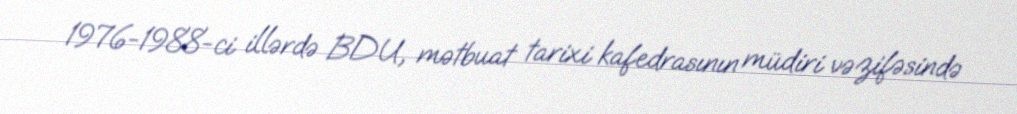
1976-1988-ci illərdə BDU, mətbuat tarixi kafedrasının müdiri vəzifəsində